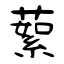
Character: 蕠